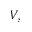
V _ { s }